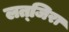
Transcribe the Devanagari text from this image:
लत्‌जिरा